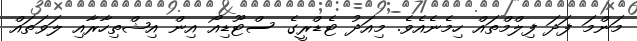
މަންމަ ފަދަ ފިލްމްތައް ހިމެނެއެވެ. މިއަދު ޓެޑްރީގެ ސްޓޫޑިއޯ އިން އިޝްތިހާރާއި ލަވަތައް